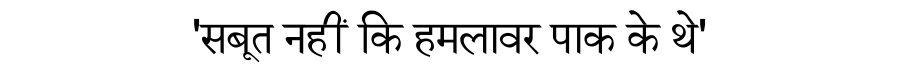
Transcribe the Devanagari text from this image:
'सबूत नहीं कि हमलावर पाक के थे'